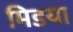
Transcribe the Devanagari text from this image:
मिडया